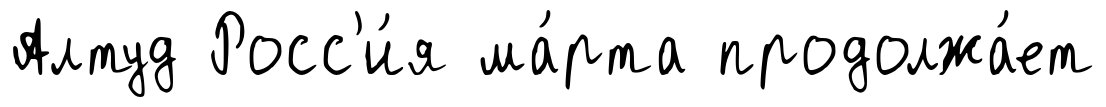
Алтуд Росс'и́я ма́рта продолжа́ет